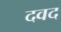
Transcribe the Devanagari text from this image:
दवद